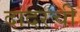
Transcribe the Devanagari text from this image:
दादरची